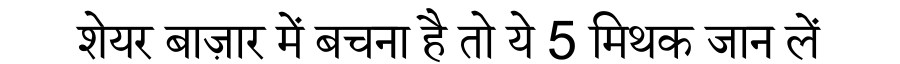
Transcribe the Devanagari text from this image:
शेयर बाज़ार में बचना है तो ये 5 मिथक जान लें